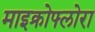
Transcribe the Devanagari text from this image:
माइक्रोफ्लोरा